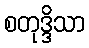
စတုဒ္ဒိသာ